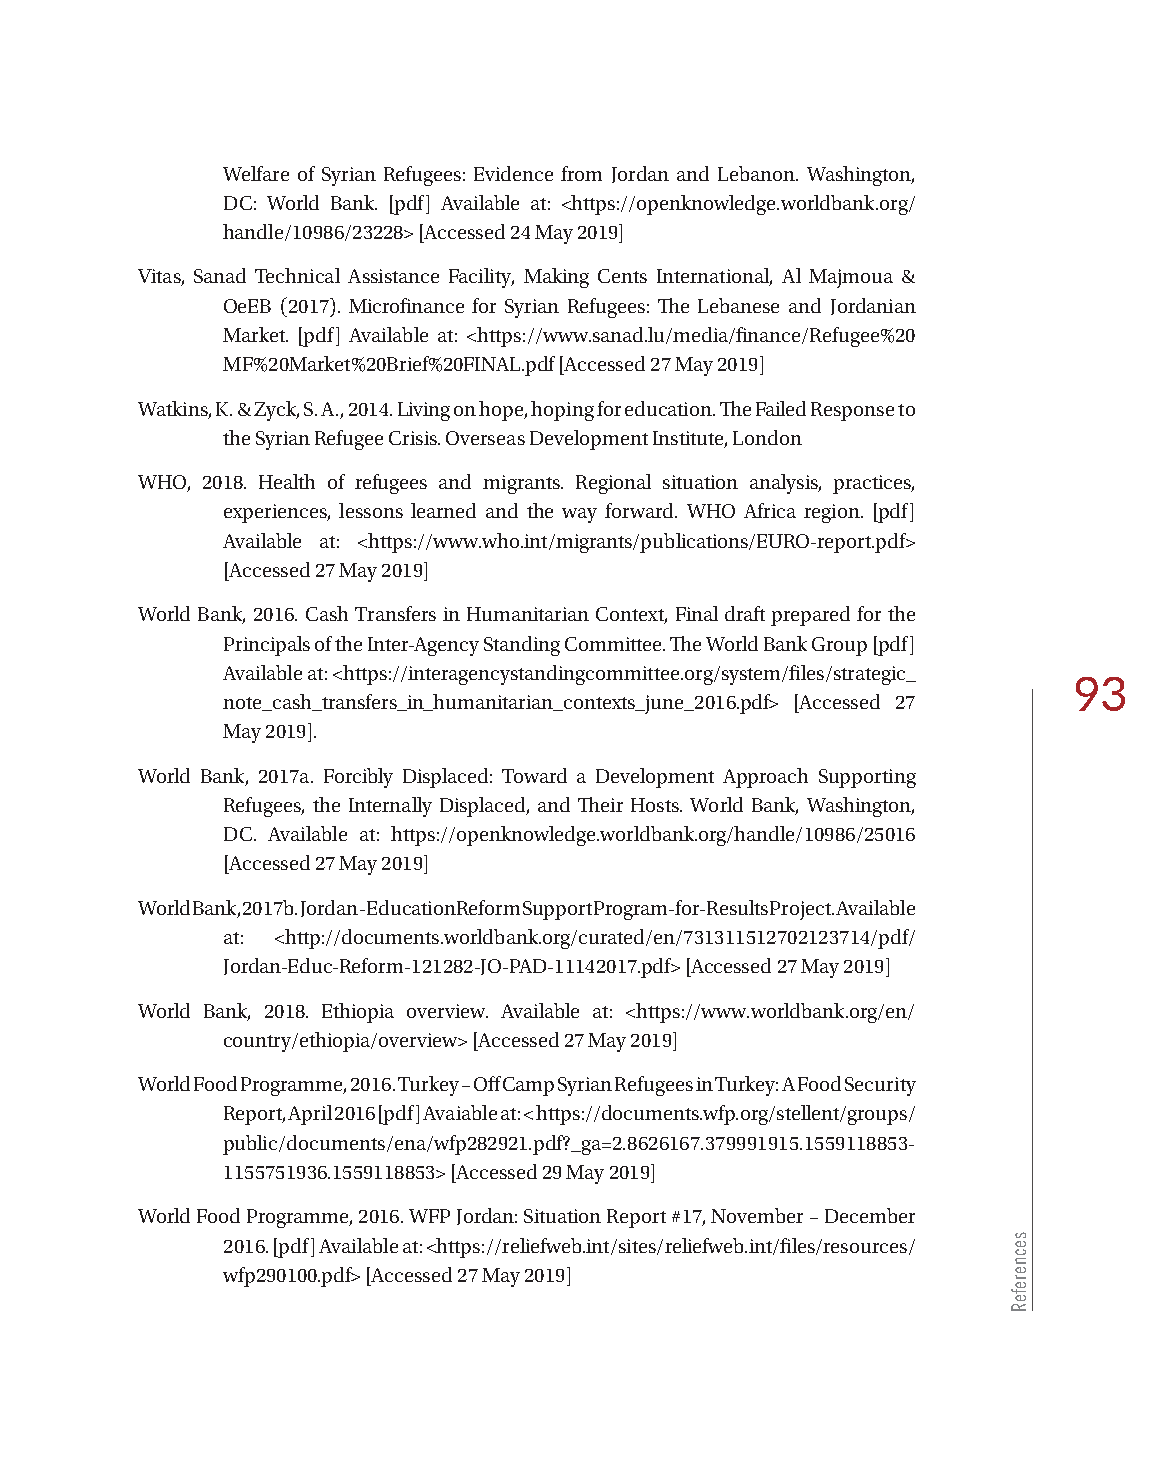
Welfare of Syrian Refugees: Evidence from Jordan and Lebanon. Washington,
 DC: World Bank. [pdf] Available at: <https://openknowledge.worldbank.org/
 handle/10986/23228> [Accessed 24 May 2019]
 Vitas, Sanad Technical Assistance Facility, Making Cents International, Al Majmoua &
 OeEB (2017). Microfinance for Syrian Refugees: The Lebanese and Jordanian
 Market. [pdf] Available at: <https://www.sanad.lu/media/finance/Refugee%20
 MF%20Market%20Brief%20FINAL.pdf [Accessed 27 May 2019]
 Watkins, K. & Zyck, S. A., 2014. Living on hope, hoping for education. The Failed Response to
 the Syrian Refugee Crisis. Overseas Development Institute, London
 WHO, 2018. Health of refugees and migrants. Regional situation analysis, practices,
 experiences, lessons learned and the way forward. WHO Africa region. [pdf]
 Available at: <https://www.who.int/migrants/publications/EURO-report.pdf>
 [Accessed 27 May 2019]
 World Bank, 2016. Cash Transfers in Humanitarian Context, Final draft prepared for the
 Principals of the Inter-Agency Standing Committee. The World Bank Group [pdf]
 Available at: <https://interagencystandingcommittee.org/system/files/strategic_
 93
 note_cash_transfers_in_humanitarian_contexts_june_2016.pdf> [Accessed 27
 May 2019].
 World Bank, 2017a. Forcibly Displaced: Toward a Development Approach Supporting
 Refugees, the Internally Displaced, and Their Hosts. World Bank, Washington,
 DC. Available at: https://openknowledge.worldbank.org/handle/10986/25016
 [Accessed 27 May 2019]
 World Bank, 2017b. Jordan - Education Reform Support Program-for-Results Project. Available
 at: <http://documents.worldbank.org/curated/en/731311512702123714/pdf/
 Jordan-Educ-Reform-121282-JO-PAD-11142017.pdf> [Accessed 27 May 2019]
 World Bank, 2018. Ethiopia overview. Available at: <https://www.worldbank.org/en/
 country/ethiopia/overview> [Accessed 27 May 2019]
 World Food Programme, 2016. Turkey – Off Camp Syrian Refugees in Turkey: A Food Security
 Report, April 2016 [pdf] Avaiable at: < https://documents.wfp.org/stellent/groups/
 public/documents/ena/wfp282921.pdf?_ga=2.8626167.379991915.1559118853-
 1155751936.1559118853> [Accessed 29 May 2019]
 World Food Programme, 2016. WFP Jordan: Situation Report #17, November – December
 2016. [pdf] Available at: <https://reliefweb.int/sites/reliefweb.int/files/resources/
 wfp290100.pdf> [Accessed 27 May 2019]
 secnerefeR